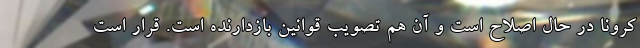
کرونا در حال اصلاح است و آن هم تصویب قوانین بازدارنده است. قرار است